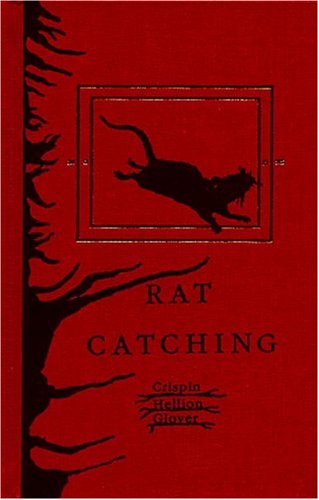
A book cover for Rat Catching; Crispin H. Glover; Science & Math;